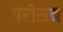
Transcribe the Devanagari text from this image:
परोसन